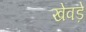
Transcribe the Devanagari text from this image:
खेवड़े